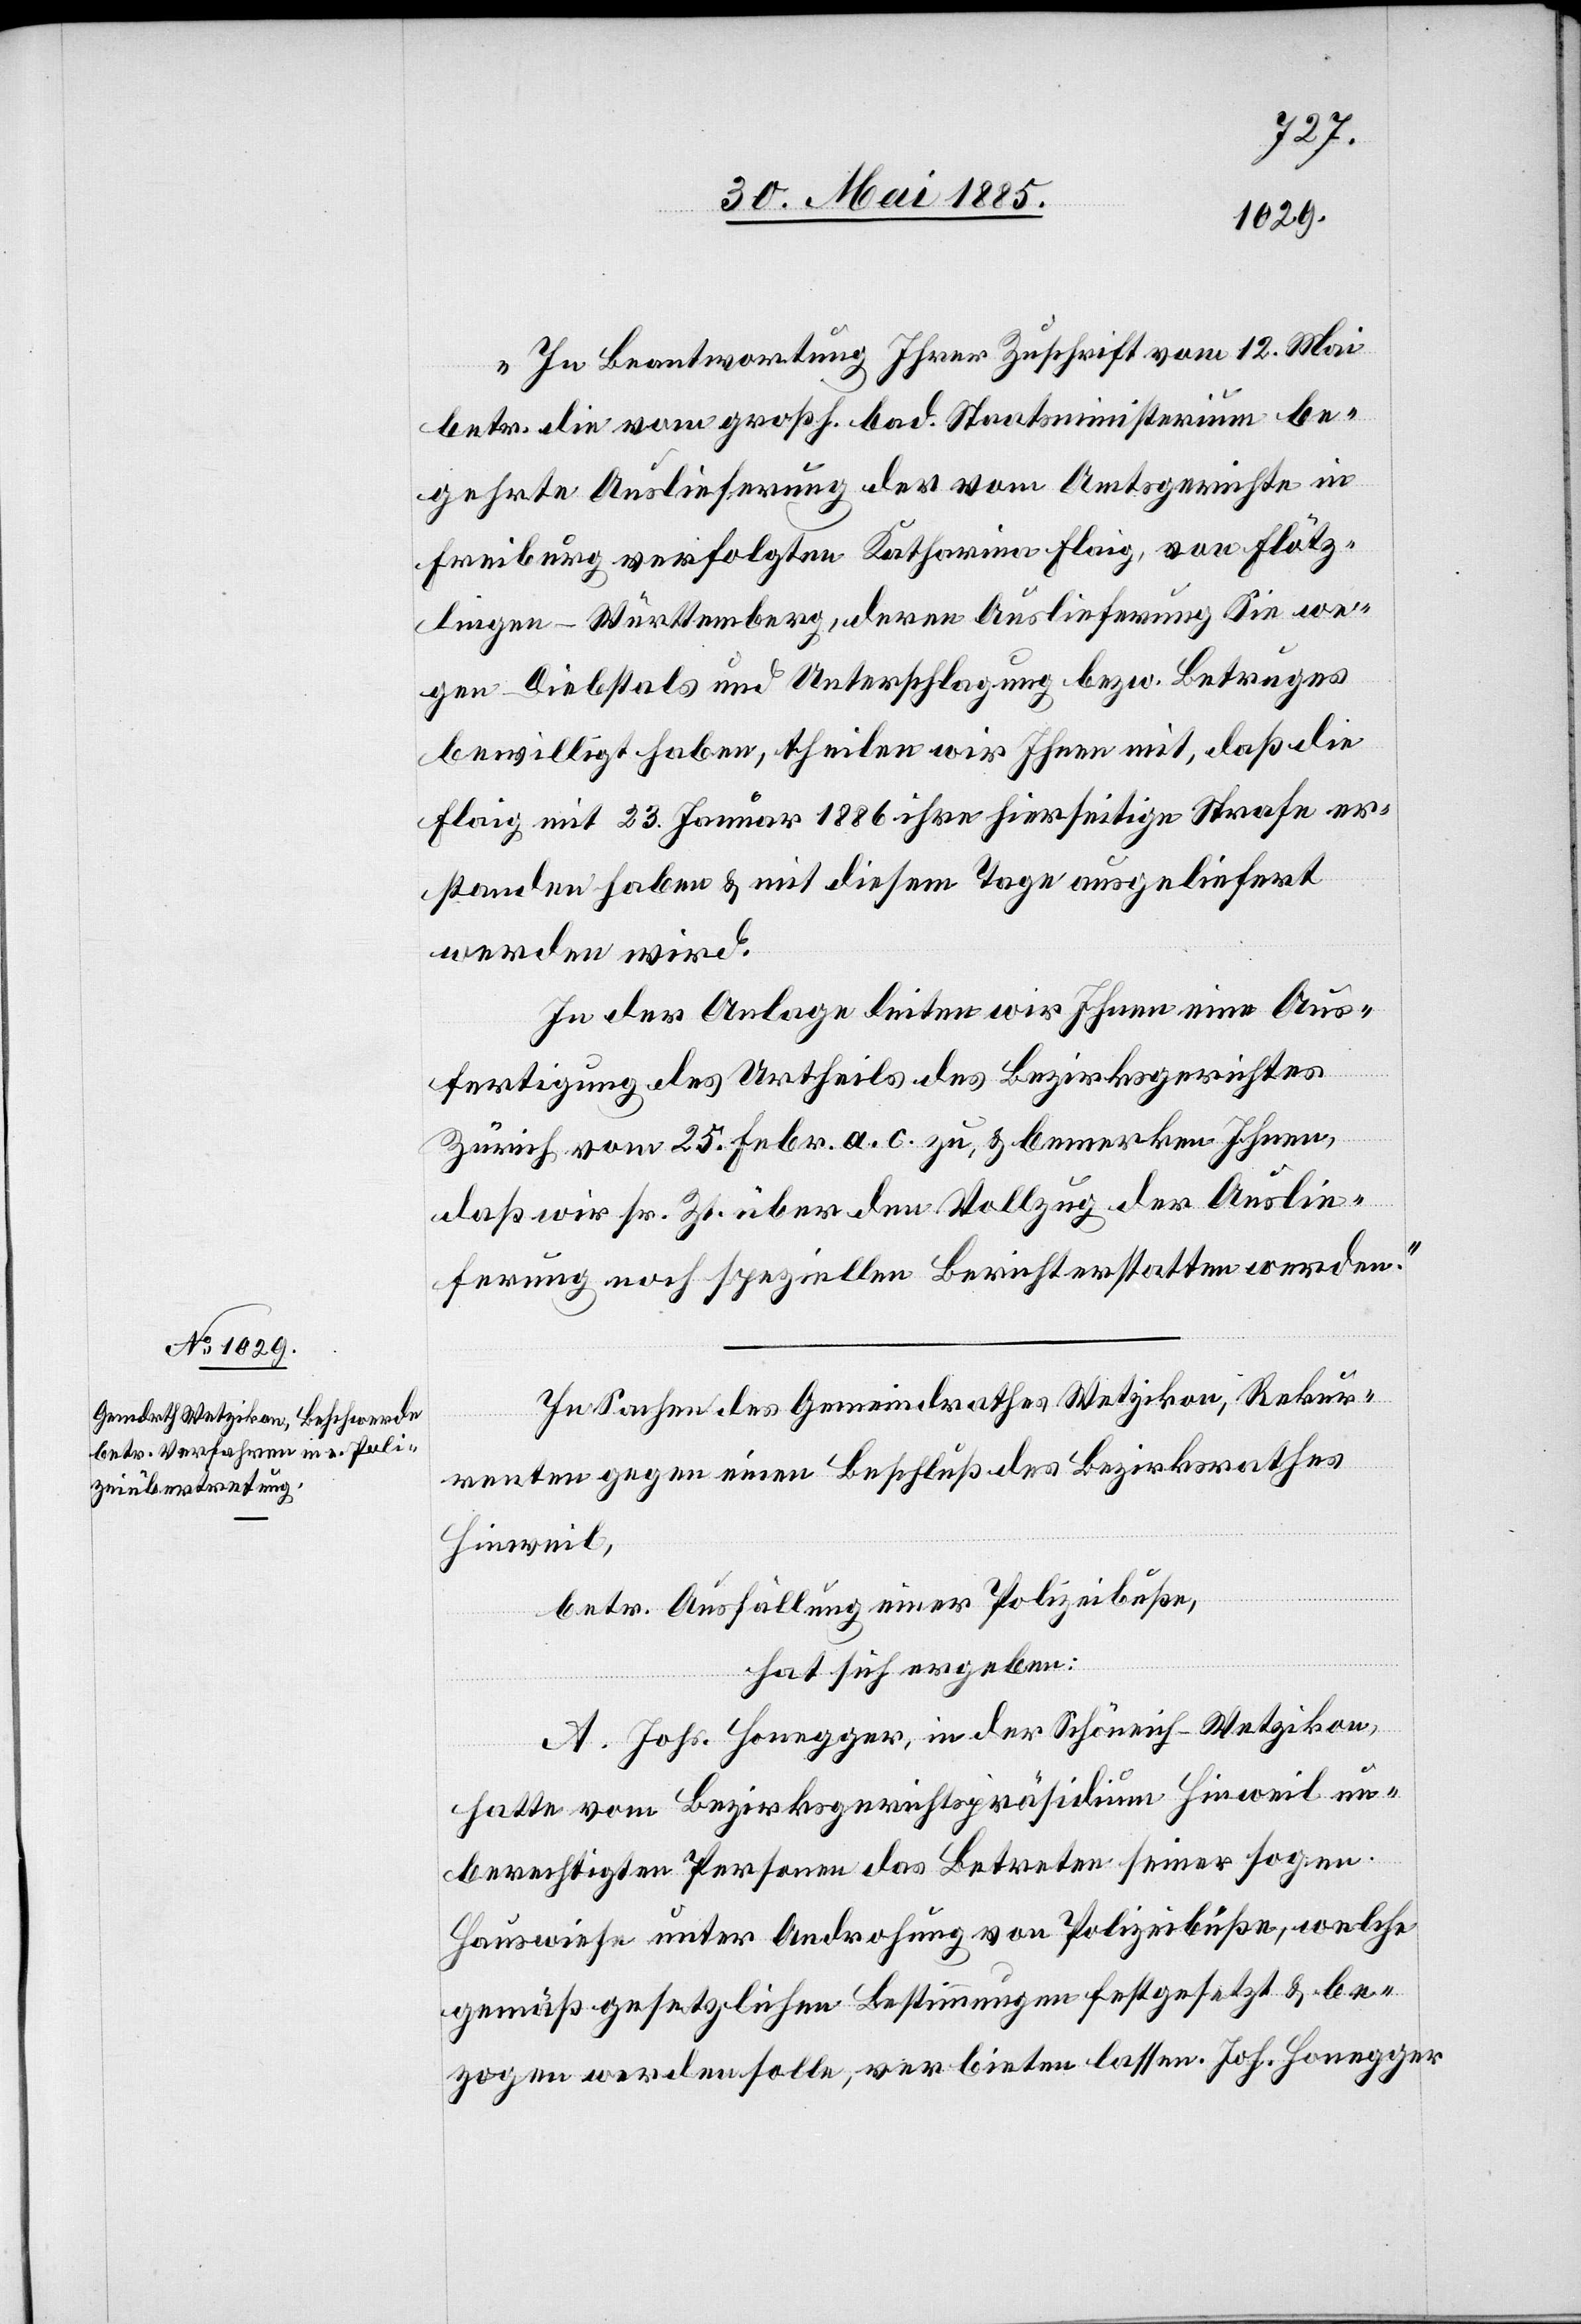
„In Beantwortung Ihrer Zuschrift vom 12. Mai
betr. die vom großh. bad. Staatsministerium be¬
gehrte Auslieferung der vom Amtsgerichte in
Freiburg verfolgten Katharina Flaig, von Flötz¬
lingen - Württemberg, deren Auslieferung Sie we¬
gen Diebstals und Unterschlagung bezw. Betruges
bewilligt haben, theilen wir Ihnen mit, daß die
Flaig mit 23. Januar 1886 ihre hierseitige Strafe er¬
standen haben & mit diesem Tage ausgeliefert
werden wird.
In der Anlage leiten wir Ihnen eine Aus¬
fertigung des Urtheils des Bezirksgerichtes
Zürich vom 25. Febr. a. c. zu, & bemerken Ihnen,
daß wir sr. Zt. über den Vollzug der Auslie¬
ferung noch speziellen Bericht erstatten werden.“
In Sachen des Gemeindrathes Wetzikon, Rekur¬
renten gegen einen Beschluß des Bezirksrathes
Hinweil,
betr. Ausfällung einer Polizeibuße,
hat sich ergeben:
A. Johs. Honegger, in der Schöneich - Wetzikon,
hatte vom Bezirksgerichtspräsidium Hinweil un¬
berechtigten Personen das Betreten seiner sogen.
Hauswiese unter Androhung von Polizeibuße, welche
gemäß gesetzlichen Bestimmungen festgesetzt & be¬
zogen werden solle, verbieten lassen. Joh. Honegger